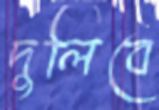
দুলিবে